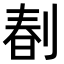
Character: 𠝩